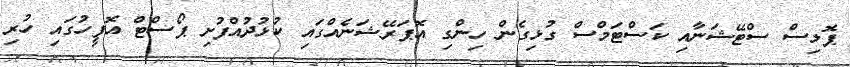
ޕޮލިސް ސްޓޭޝަނާއި ކަސްޓަމްސް ގުޅިގެން ހިންގި އޮޕަރޭޝަނެއްގައި ކުޅުދުއްފުށި ޕޯސްޓް އޮފީހުގައި ހުރި